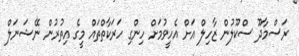
ރަސްމާދޫ ސްކޫލުން ޒާހިލް އަށް އެހީވުމަށް ހިންގި ހަރަކާތްތައް މީގެ އިތުރުން ނޭޝަނަލް